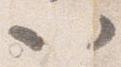
以